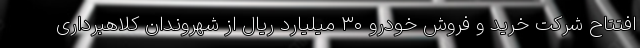
افتتاح شرکت خرید و فروش خودرو ۳۰ میلیارد ریال از شهروندان کلاهبرداری